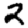
Digit: 2